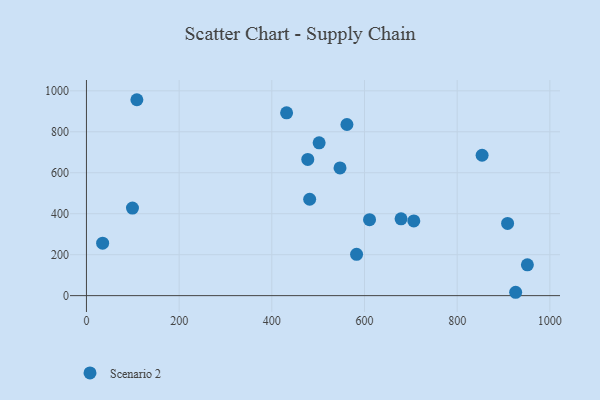
{"axis": {"x": "Study Hours", "y": "Rating"}, "legend": ["Scenario 2"], "data": [{"x": "582.9", "y": 201.9, "type": "Scenario 2"}, {"x": "99.3", "y": 427.4, "type": "Scenario 2"}, {"x": "853.8", "y": 685.4, "type": "Scenario 2"}, {"x": "951.5", "y": 150.4, "type": "Scenario 2"}, {"x": "610.9", "y": 370.8, "type": "Scenario 2"}, {"x": "481.7", "y": 470.6, "type": "Scenario 2"}, {"x": "706.4", "y": 364.8, "type": "Scenario 2"}, {"x": "547.2", "y": 623.5, "type": "Scenario 2"}, {"x": "502.1", "y": 746.0, "type": "Scenario 2"}, {"x": "908.8", "y": 352.6, "type": "Scenario 2"}, {"x": "562.1", "y": 835.5, "type": "Scenario 2"}, {"x": "477.6", "y": 665.2, "type": "Scenario 2"}, {"x": "34.9", "y": 256.2, "type": "Scenario 2"}, {"x": "108.8", "y": 956.5, "type": "Scenario 2"}, {"x": "431.9", "y": 892.6, "type": "Scenario 2"}, {"x": "926.2", "y": 16.4, "type": "Scenario 2"}, {"x": "678.9", "y": 374.8, "type": "Scenario 2"}]}